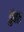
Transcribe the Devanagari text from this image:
डुंबत